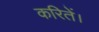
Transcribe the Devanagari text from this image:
करितें।